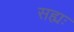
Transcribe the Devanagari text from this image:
सह्यः